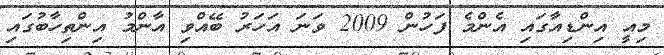
މިއީ އިންޑިއާގައި އެންމެ ފަހުން 2009 ވަނަ އަހަރު ބޭއްވި އާންމު އިންތިހާބުގައި